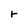
Character: r